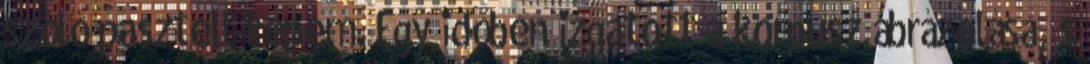
szóló pasztell-képem. Egy időben izgatott a korpusz ábrázolása, s